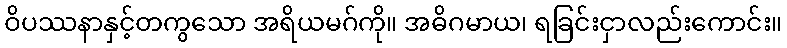
ဝိပဿနာနှင့်တကွသော အရိယမဂ်ကို။ အဓိဂမာယ၊ ရခြင်းငှာလည်းကောင်း။